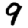
Digit: 9